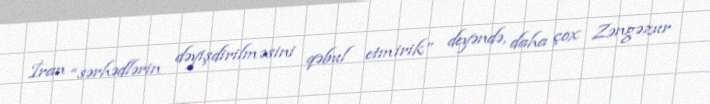
İran “sərhədlərin dəyişdirilməsini qəbul etmirik” deyəndə, daha çox Zəngəzur